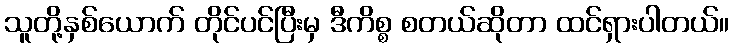
သူတို့နှစ်ယောက် တိုင်ပင်ပြီးမှ ဒီကိစ္စ စတယ်ဆိုတာ ထင်ရှားပါတယ်။